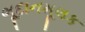
ભૂદાનમૂલક